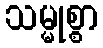
သမ္မုစ္စာ